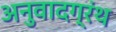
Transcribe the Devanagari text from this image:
अनुवादग्रंथ